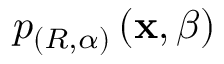
p _ { \left( R , \alpha \right) } \left( \mathbf { x } , \beta \right)